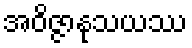
အဝိဇ္ဇာနုသယဿ